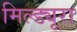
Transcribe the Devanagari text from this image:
मिल्ड्यूरा